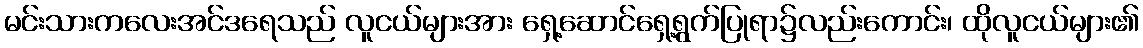
မင်းသားကလေးအင်ဒရေသည် လူငယ်များအား ရှေ့ဆောင်ရှေ့ရွက်ပြုရာ၌လည်းကောင်း၊ ထိုလူငယ်များ၏